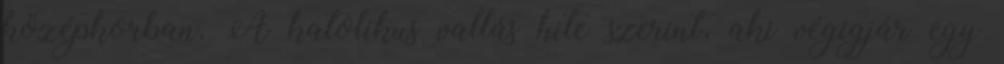
középkorban. A katolikus vallás hite szerint, aki végigjár egy